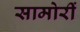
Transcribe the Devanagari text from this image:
सामोरीं